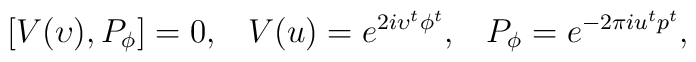
[V(\upsilon), P_{\phi}] =0,\;\;\; V(u)= e^{2i \upsilon^t \phi^t},\;\;\; P_{\phi} = e^{-2 \pi i u^t p^t},